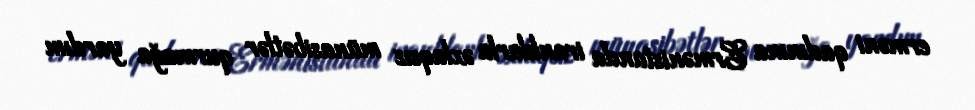
erməni qadınına Ermənistanda iranlılarla əxlaqsız münasibətlər qurmağa yardım